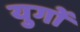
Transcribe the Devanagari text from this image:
युगाें